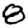
Digit: 8